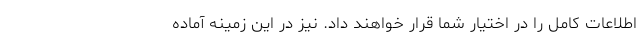
اطلاعات کامل را در اختیار شما قرار خواهند داد. نیز در این زمینه آماده